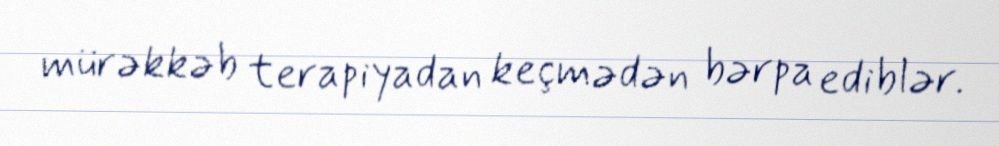
mürəkkəb terapiyadan keçmədən bərpa ediblər.